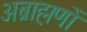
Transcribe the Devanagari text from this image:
अब्राह्मणों